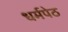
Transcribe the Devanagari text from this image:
धर्मपेठ